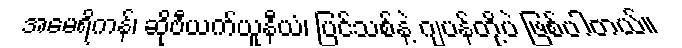
အမေရိကန်၊ ဆိုဗီယက်ယူနီယံ၊ ပြင်သစ်နဲ့ ဂျပန်တို့ပဲ ဖြစ်ပါတယ်။